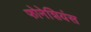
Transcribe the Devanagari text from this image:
फोनेशियंस